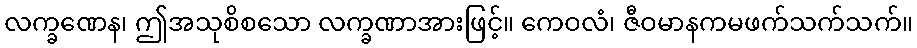
လက္ခဏေန၊ ဤအသုစိစသော လက္ခဏာအားဖြင့်။ ကေဝလံ၊ ဇီဝမာနကမဖက်သက်သက်။